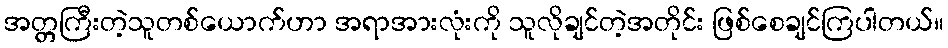
အတ္တကြီးတဲ့သူတစ်ယောက်ဟာ အရာအားလုံးကို သူလိုချင်တဲ့အတိုင်း ဖြစ်စေချင်ကြပါတယ်။